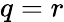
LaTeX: q=r